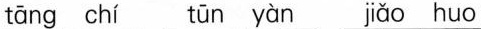
tāng chí tūn yàn jiǎo huo